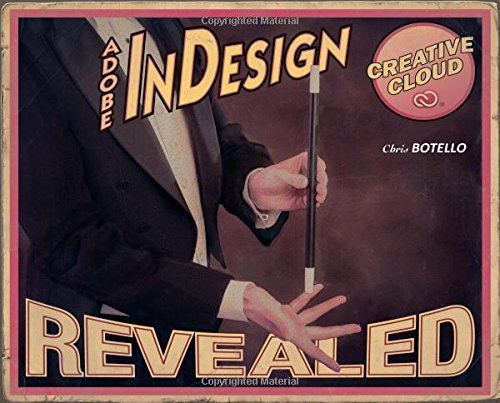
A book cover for Adobe InDesign Creative Cloud Revealed (Stay Current with Adobe Creative Cloud); Chris Botello; Computers & Technology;